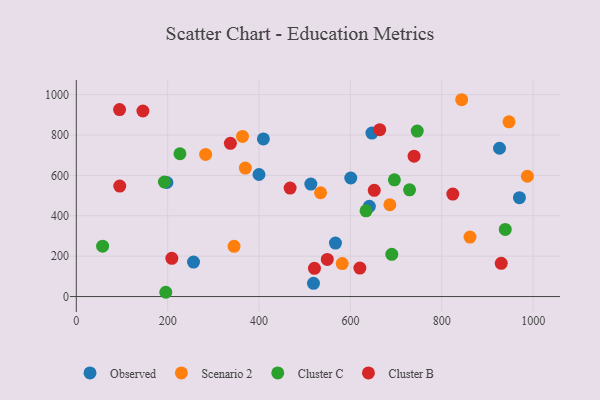
{"axis": {"x": "Investment", "y": "Profit"}, "legend": ["Cluster B", "Cluster C", "Observed", "Scenario 2"], "data": [{"x": "513.4", "y": 556.7, "type": "Observed"}, {"x": "647.1", "y": 809.4, "type": "Observed"}, {"x": "970.0", "y": 489.7, "type": "Observed"}, {"x": "567.3", "y": 264.8, "type": "Observed"}, {"x": "519.2", "y": 65.3, "type": "Observed"}, {"x": "399.9", "y": 604.4, "type": "Observed"}, {"x": "600.8", "y": 587.0, "type": "Observed"}, {"x": "198.3", "y": 564.8, "type": "Observed"}, {"x": "409.5", "y": 780.5, "type": "Observed"}, {"x": "256.6", "y": 170.7, "type": "Observed"}, {"x": "926.4", "y": 734.3, "type": "Observed"}, {"x": "641.5", "y": 446.6, "type": "Observed"}, {"x": "987.4", "y": 595.6, "type": "Scenario 2"}, {"x": "363.8", "y": 792.9, "type": "Scenario 2"}, {"x": "861.8", "y": 294.5, "type": "Scenario 2"}, {"x": "686.4", "y": 454.6, "type": "Scenario 2"}, {"x": "345.3", "y": 248.9, "type": "Scenario 2"}, {"x": "534.7", "y": 513.9, "type": "Scenario 2"}, {"x": "947.2", "y": 865.4, "type": "Scenario 2"}, {"x": "370.0", "y": 636.1, "type": "Scenario 2"}, {"x": "843.6", "y": 974.6, "type": "Scenario 2"}, {"x": "283.1", "y": 703.6, "type": "Scenario 2"}, {"x": "582.1", "y": 163.2, "type": "Scenario 2"}, {"x": "192.8", "y": 567.3, "type": "Cluster C"}, {"x": "729.5", "y": 528.7, "type": "Cluster C"}, {"x": "634.2", "y": 424.7, "type": "Cluster C"}, {"x": "690.6", "y": 209.2, "type": "Cluster C"}, {"x": "57.6", "y": 249.6, "type": "Cluster C"}, {"x": "939.0", "y": 332.4, "type": "Cluster C"}, {"x": "226.9", "y": 707.0, "type": "Cluster C"}, {"x": "696.3", "y": 578.0, "type": "Cluster C"}, {"x": "195.9", "y": 21.2, "type": "Cluster C"}, {"x": "746.3", "y": 819.3, "type": "Cluster C"}, {"x": "739.4", "y": 695.0, "type": "Cluster B"}, {"x": "664.2", "y": 826.3, "type": "Cluster B"}, {"x": "652.2", "y": 526.0, "type": "Cluster B"}, {"x": "337.3", "y": 758.9, "type": "Cluster B"}, {"x": "521.3", "y": 139.6, "type": "Cluster B"}, {"x": "209.1", "y": 189.3, "type": "Cluster B"}, {"x": "95.1", "y": 546.8, "type": "Cluster B"}, {"x": "824.2", "y": 507.2, "type": "Cluster B"}, {"x": "145.8", "y": 918.8, "type": "Cluster B"}, {"x": "930.2", "y": 164.3, "type": "Cluster B"}, {"x": "468.0", "y": 537.3, "type": "Cluster B"}, {"x": "94.7", "y": 925.9, "type": "Cluster B"}, {"x": "620.7", "y": 140.9, "type": "Cluster B"}, {"x": "549.4", "y": 183.8, "type": "Cluster B"}]}